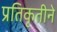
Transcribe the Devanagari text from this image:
प्रतिकृतीने